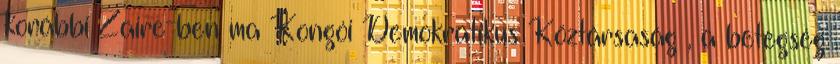
korábbi Zaire-ben ma Kongói Demokratikus Köztársaság , a betegség